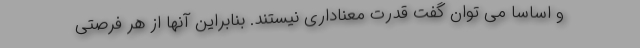
و اساساً می توان گفت قدرت معناداری نیستند. بنابراین آنها از هر فرصتی